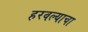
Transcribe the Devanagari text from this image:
हरवल्याचा